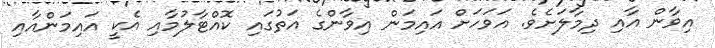
އިވާން އާއި ދިމާލަށެވެ. އަވަހަށް އައިމަން އިވާންގެ އަތުގައި ކޮއްޓާލުމާއި އެކީ އައިމަންއާއި